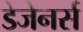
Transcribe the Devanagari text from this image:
डेजेनर्स